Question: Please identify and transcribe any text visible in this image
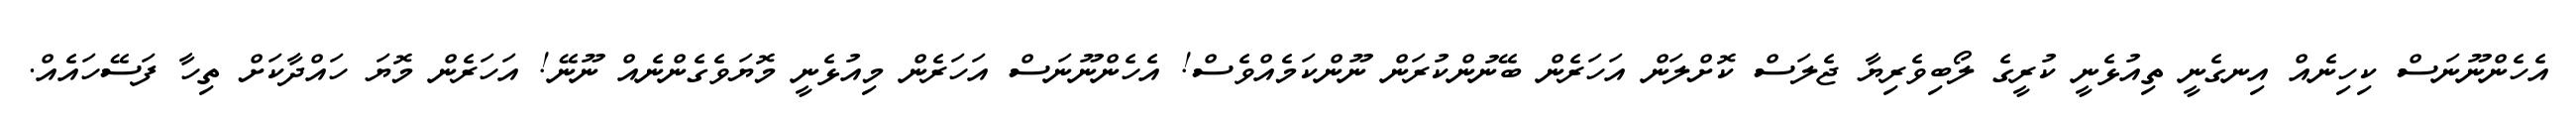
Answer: އެހެންނޫނަސް ކިހިނެއް އިނގެނީ ތިއުޅެނީ ކުރީގެ ލޯބިވެރިޔާ ޖެލަސް ކޮށްލަން އަހަރެން ބޭނުންކުރަން ނޫންކަމެއްވެސް! އެހެންނޫނަސް އަހަރެން މިއުޅެނީ މޮޔަވެގެންނެއް ނޫނޭ! އަހަރެން މޮޔަ ހައްދާކަށް ތިހާ ފަސޭހައެއް.